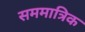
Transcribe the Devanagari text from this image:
सममात्रिक